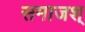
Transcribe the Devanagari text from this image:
समाजश्